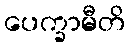
ပေက္ခာမီတိ